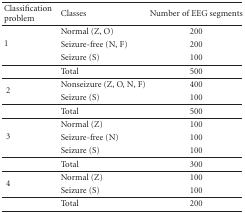
| Classification problem | Classes | Number of EEG segments |
 | --- | --- | --- |
 | <ROWSPAN=3> 1 | Normal (Z, O) | 200 |
 | Seizure-free (N, F) | 200 |
 | Seizure (S) | 100 |
 |  | Total | 500 |
 | <ROWSPAN=2> 2 | Nonseizure (Z, O, N, F) | 400 |
 | Seizure (S) | 100 |
 |  | Total | 500 |
 | <ROWSPAN=3> 3 | Normal (Z) | 100 |
 | Seizure-free (N) | 100 |
 | Seizure (S) | 100 |
 |  | Total | 300 |
 | <ROWSPAN=2> 4 | Normal (Z) | 100 |
 | Seizure (S) | 100 |
 |  | Total | 200 |